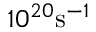
1 0 ^ { 2 0 } \mathrm { s } ^ { - 1 }